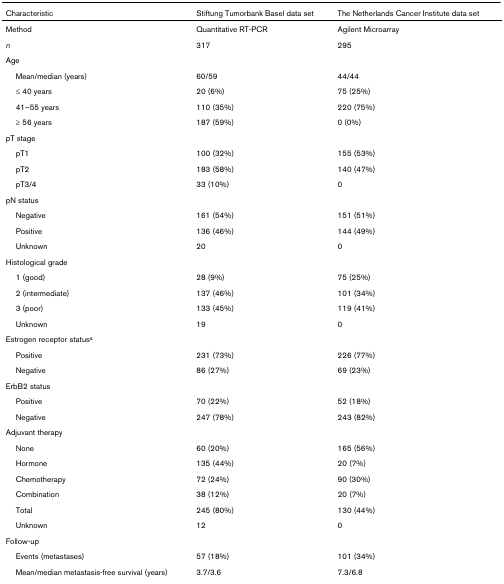
<table><thead><tr><td><b>Characteristic</b></td><td><b>Stiftung Tumorbank Basel data set</b></td><td><b>The Netherlands Cancer Institute data set</b></td></tr></thead><tbody><tr><td>Method</td><td>Quantitative RT-PCR</td><td>Agilent Microarray</td></tr><tr><td><i>n</i></td><td>317</td><td>295</td></tr><tr><td>Age</td><td></td><td></td></tr><tr><td> Mean/median (years)</td><td>60/59</td><td>44/44</td></tr><tr><td> ≤ 40 years</td><td>20 (6%)</td><td>75 (25%)</td></tr><tr><td> 41–55 years</td><td>110 (35%)</td><td>220 (75%)</td></tr><tr><td> ≥ 56 years</td><td>187 (59%)</td><td>0 (0%)</td></tr><tr><td>pT stage</td><td></td><td></td></tr><tr><td> pT1</td><td>100 (32%)</td><td>155 (53%)</td></tr><tr><td> pT2</td><td>183 (58%)</td><td>140 (47%)</td></tr><tr><td> pT3/4</td><td>33 (10%)</td><td>0</td></tr><tr><td>pN status</td><td></td><td></td></tr><tr><td> Negative</td><td>161 (54%)</td><td>151 (51%)</td></tr><tr><td> Positive</td><td>136 (46%)</td><td>144 (49%)</td></tr><tr><td> Unknown</td><td>20</td><td>0</td></tr><tr><td>Histological grade</td><td></td><td></td></tr><tr><td> 1 (good)</td><td>28 (9%)</td><td>75 (25%)</td></tr><tr><td> 2 (intermediate)</td><td>137 (46%)</td><td>101 (34%)</td></tr><tr><td> 3 (poor)</td><td>133 (45%)</td><td>119 (41%)</td></tr><tr><td> Unknown</td><td>19</td><td>0</td></tr><tr><td>Estrogen receptor status<sup>a</sup></td><td></td><td></td></tr><tr><td> Positive</td><td>231 (73%)</td><td>226 (77%)</td></tr><tr><td> Negative</td><td>86 (27%)</td><td>69 (23%)</td></tr><tr><td>ErbB2 status</td><td></td><td></td></tr><tr><td> Positive</td><td>70 (22%)</td><td>52 (18%)</td></tr><tr><td> Negative</td><td>247 (78%)</td><td>243 (82%)</td></tr><tr><td>Adjuvant therapy</td><td></td><td></td></tr><tr><td> None</td><td>60 (20%)</td><td>165 (56%)</td></tr><tr><td> Hormone</td><td>135 (44%)</td><td>20 (7%)</td></tr><tr><td> Chemotherapy</td><td>72 (24%)</td><td>90 (30%)</td></tr><tr><td> Combination</td><td>38 (12%)</td><td>20 (7%)</td></tr><tr><td> Total</td><td>245 (80%)</td><td>130 (44%)</td></tr><tr><td> Unknown</td><td>12</td><td>0</td></tr><tr><td>Follow-up</td><td></td><td></td></tr><tr><td> Events (metastases)</td><td>57 (18%)</td><td>101 (34%)</td></tr><tr><td> Mean/median metastasis-free survival (years)</td><td>3.7/3.6</td><td>7.3/6.8</td></tr></tbody></table>